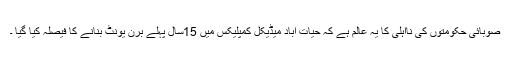
صوبائی حکومتوں کی نااہلی کا یہ عالم ہے کہ حیات آباد میڈیکل کمپلیکس میں 15سال پہلے برن یونٹ بنانے کا فیصلہ کیا گیا ۔